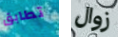
تطابق زوال